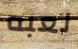
لعبه